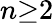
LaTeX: n{\geq}2